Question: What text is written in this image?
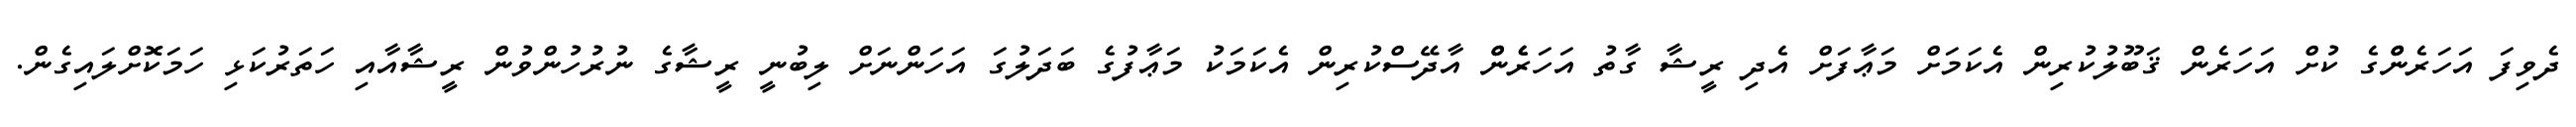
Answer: ދެވިފަ އަހަރެންްގެ ކުށް އަހަރެން ޤަބޫލުކުރިން އެކަމަށް މަޢާފަށް އެދި ރީޝާ ގާތު އަހަރެެންް އާދޭސްކުރިން އެކަމަކު މަޢާފުގެ ބަދަލުގަ އަހަންނަށް ލިބުނީ ރީޝާގެ ނުރުހުންވުން ރީޝާއާއި ހަތަރުކަޅި ހަމަކޮށްލައިގެން.